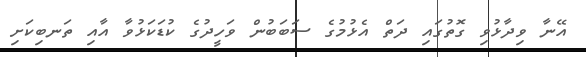
އޭނާ ވިދާޅުވި ގޮތުގައި ދަތް އެޅުމުގެ ސަބަބުން ވަހީދުގެ ކުޑަކަޅުވާ އާއި ތަނބިކަށި